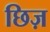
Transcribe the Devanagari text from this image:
छिज़